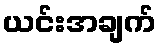
ယင်းအချက်